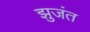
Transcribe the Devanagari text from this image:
झुजंत